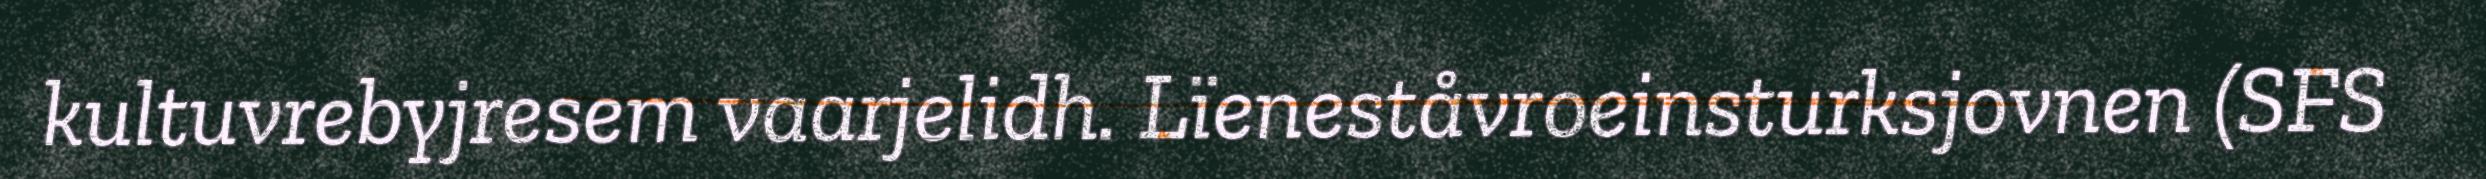
kultuvrebyjresem vaarjelidh. Lïeneståvroeinsturksjovnen (SFS